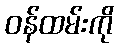
ဝန်ထမ်းကို